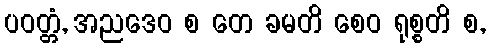
ပဝတ္တံ, အညဒေဝ စ တေ ခမတိ စေဝ ရုစ္စတိ စ,